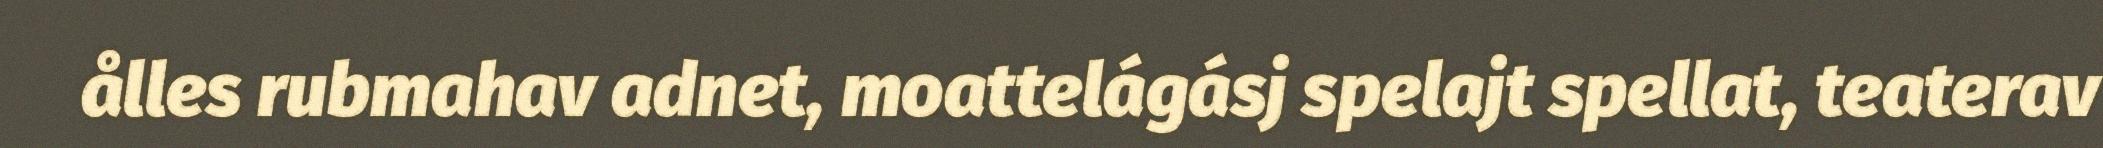
ålles rubmahav adnet, moattelágásj spelajt spellat, teaterav